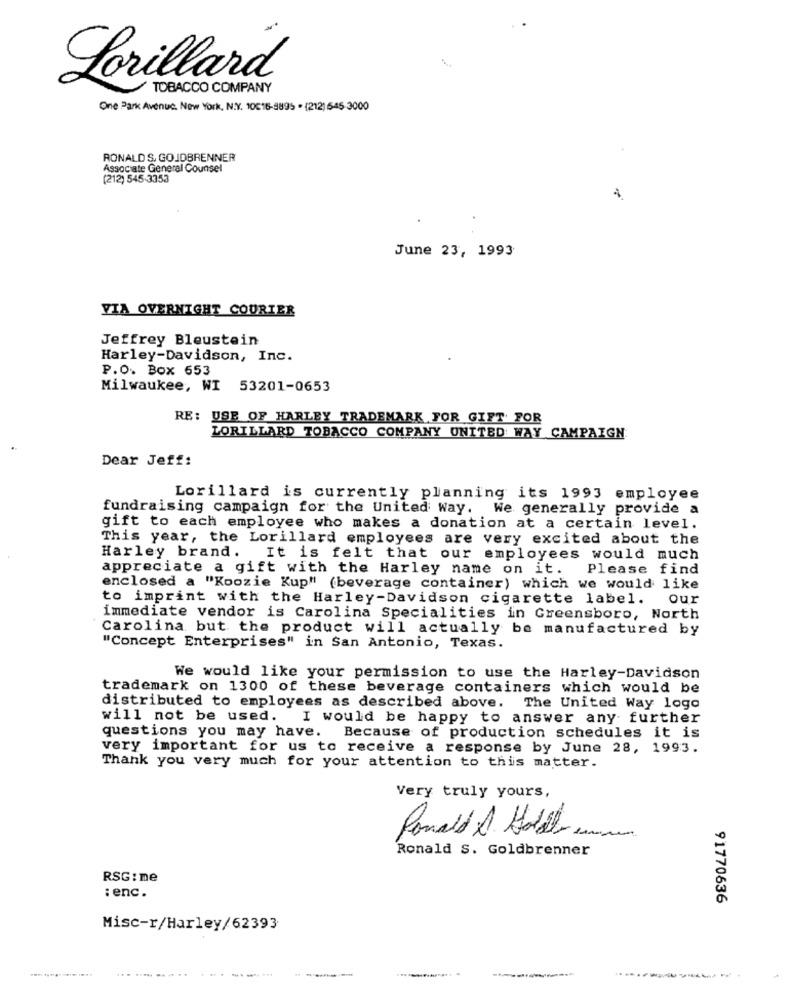
Lorillard
TOBACCO COMPANY
One Park Avenue. New York, N.Y. 10016-8895 . (212) 545-3000
RONALD S. GO JDBRENNER
Associate General Counsel
(212) 545-3353
June 23, 1993
VIA OVERNIGHT COURIER
Jeffrey Bleustein
Harley-Davidson, Inc.
P.O. Box 653
Milwaukee, WI 53201-0653
RE: USE OF HARLEY TRADEMARK FOR GIFT FOR
LORILLARD TOBACCO COMPANY UNITED WAY CAMPAIGN
Dear Jeff:
Lorillard is currently planning its 1993 employee
fundraising campaign for the United Way. We generally provide a
gift to each employee who makes a donation at a certain level.
This year, the Lorillard employees are very excited about the
Harley brand. It is felt that our employees would much
appreciate a gift with the Harley name on it. Please find
enclosed a "Koozie Kup" (beverage container) which we would like
to imprint with the Harley-Davidson cigarette label.
our
immediate vendor is Carolina Specialities in Greensboro, North
Carolina but the product will actually be manufactured by
"Concept Enterprises" in San Antonio, Texas.
We would like your permission to use the Harley-Davidson
trademark on 1300 of these beverage containers which would be
distributed to employees as described above. The United Way logo
will not be used. I would be happy to answer any further
questions you may have. Because of production schedules it is
very important for us to receive a response by June 28, 1993.
Thank you very much for your attention to this matter.
Very truly yours,
Ronald A Hotel
Ronald S. Goldbrenner
RSG: me
: enc.
91770636
Misc-r/Harley/62393
... ......... .
------------